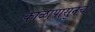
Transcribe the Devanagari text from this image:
काळापासुनच